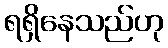
ရရှိနေသည်ဟု